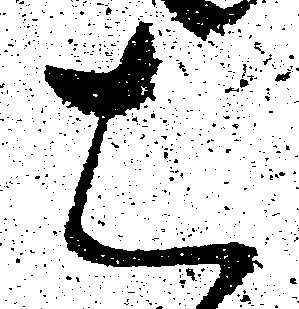
は